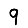
Digit: 9